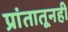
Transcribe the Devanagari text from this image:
प्रांतातूनही